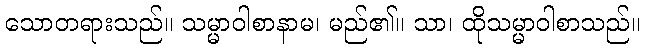
သောတရားသည်။ သမ္မာဝါစာနာမ၊ မည်၏။ သာ၊ ထိုသမ္မာဝါစာသည်။